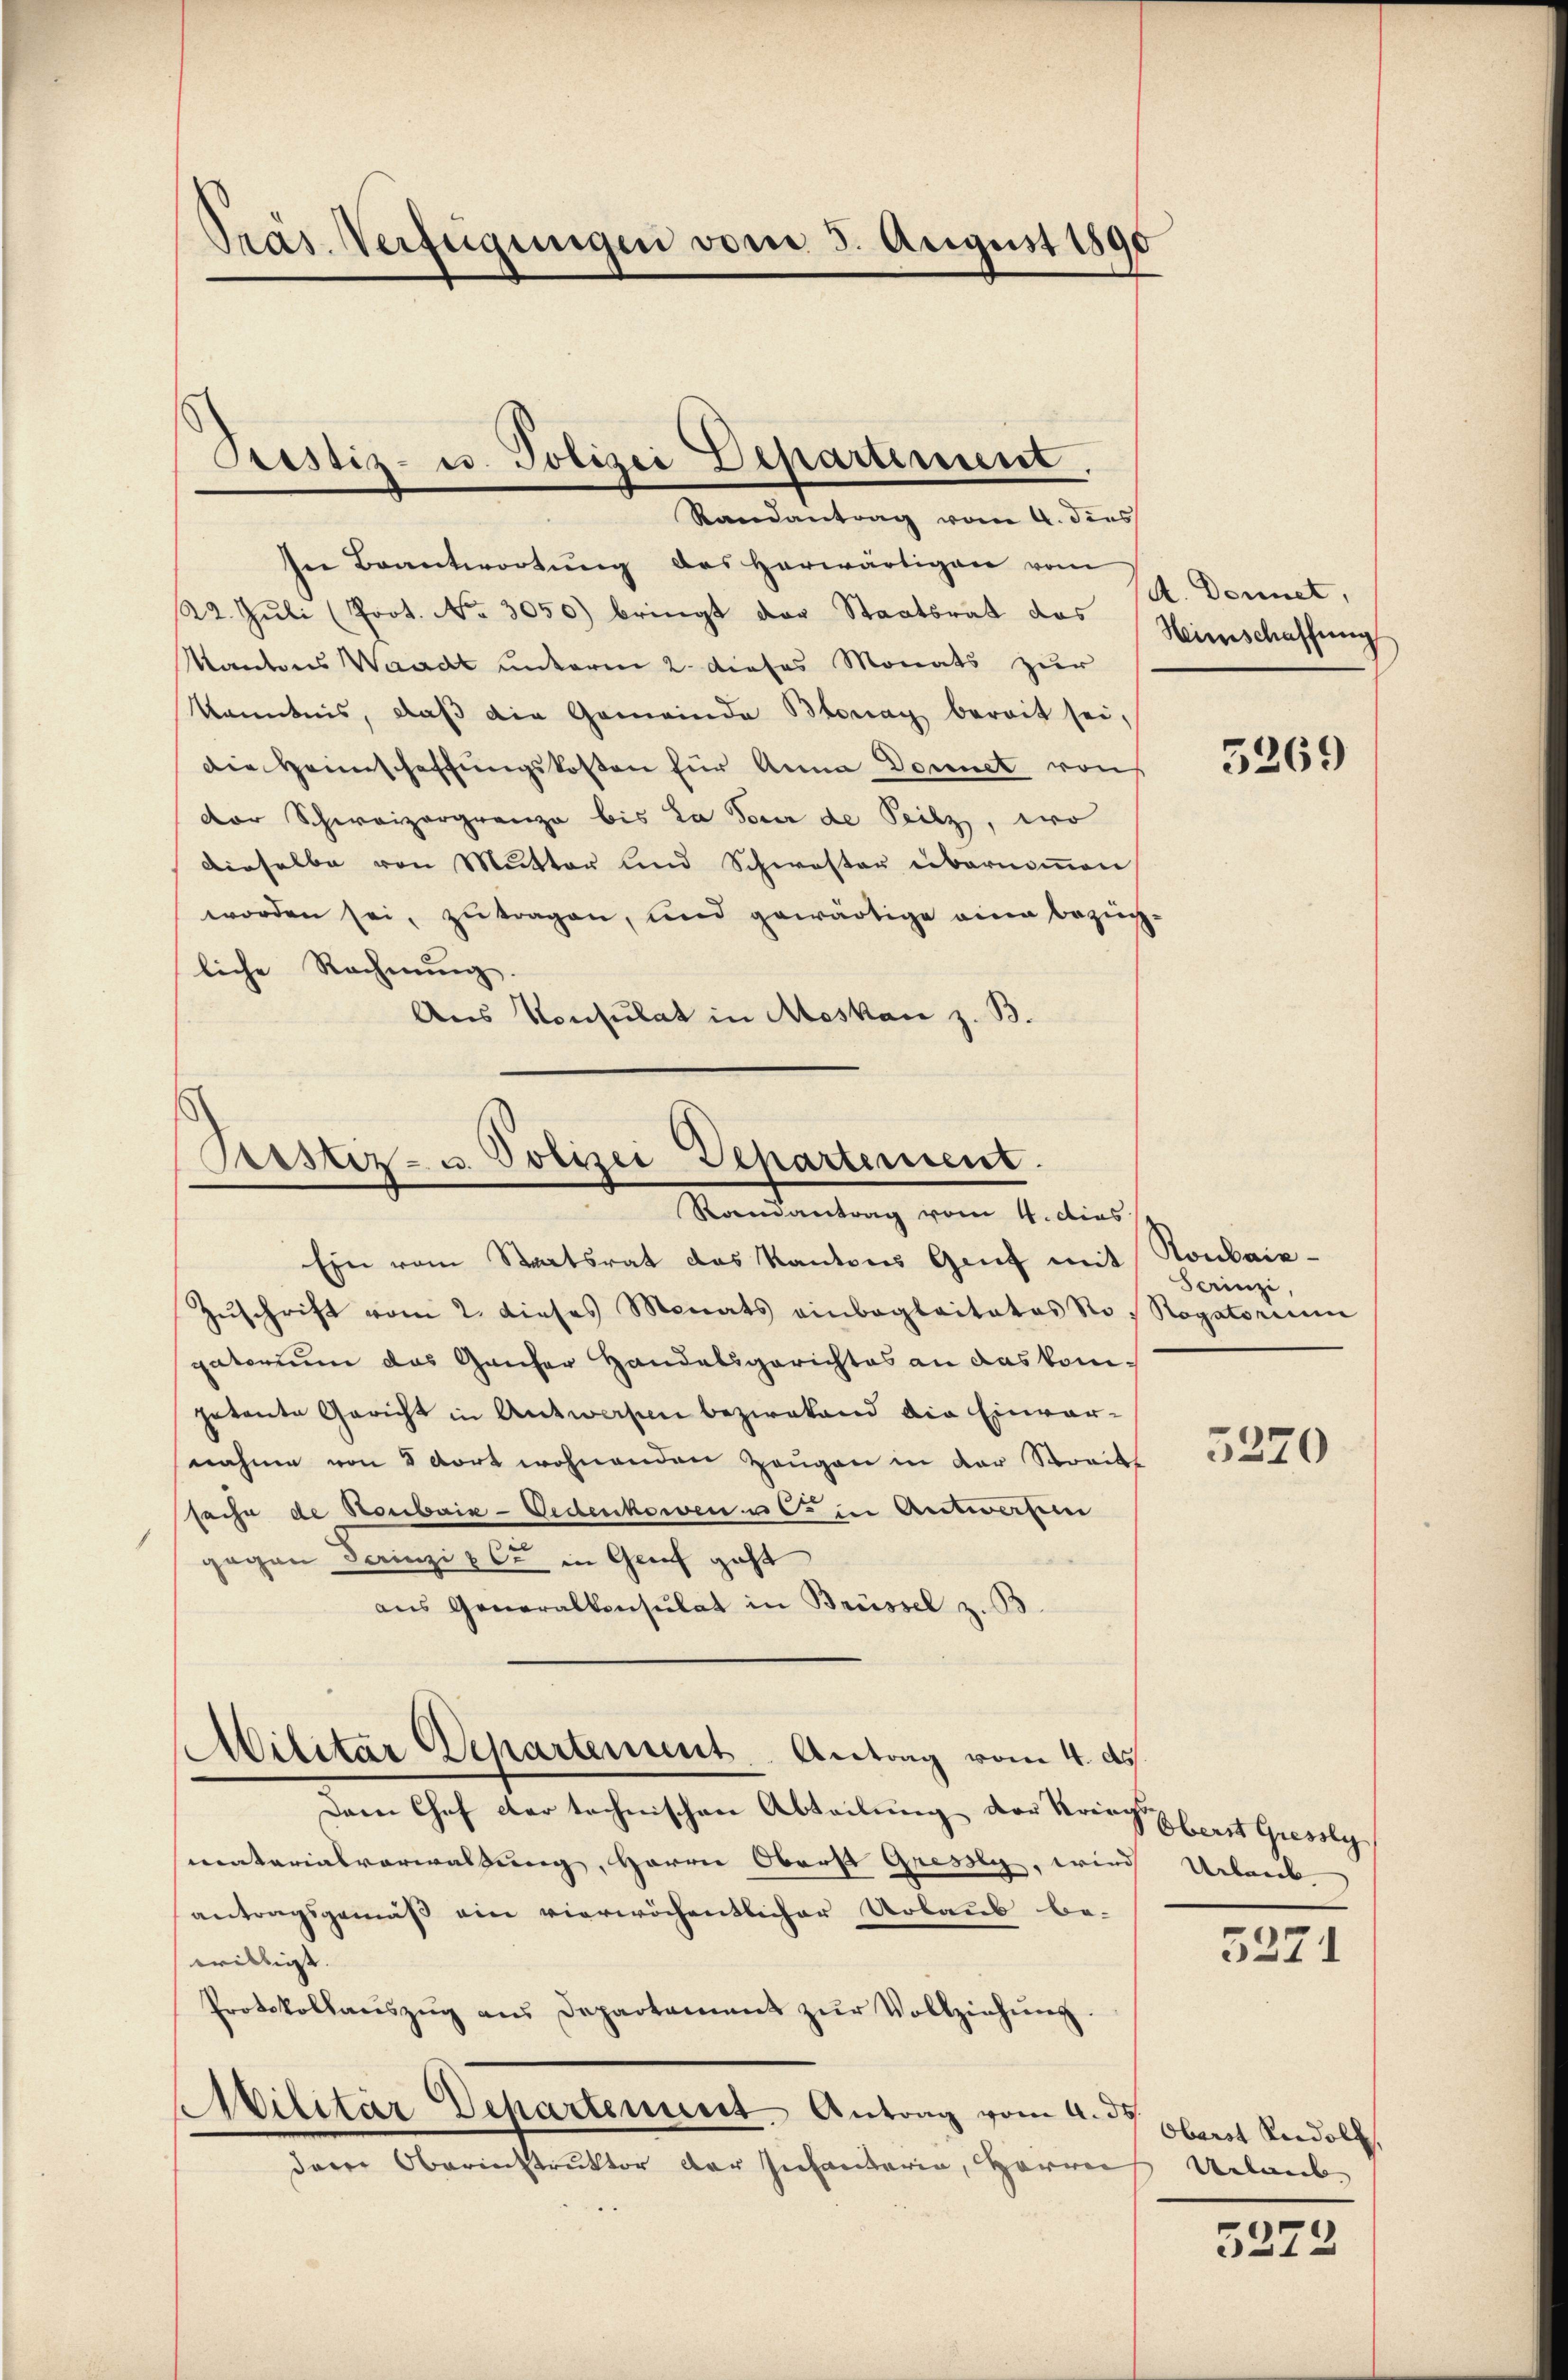
Präs. Verfügungen vom 5. August 1890

Prestiz- u. Polizei Departiment.

Randantrag vom 4. dies
In Beantwortung des herwärtigen vom
22. Juli (Poot. No 3050) bringt der Staatsrat das
Kantons Waadt unterm 2. dieses Monats zur
Kenntnis, daß die Gemeinde Blonay bereit sei,
Die Heimschaffungskosten für Anna Donnet von
dor Schweizergrenze bis la jour de Peilz, wo
dieselbe von Mutter und Schwester übernommen
worden sei, zutragen, und gewärtige einen bezüg-
liche Rechnung.
Aus Konsulat in Meskan z. B.

Trester- u. Polizei Departement.
Romantrag vom 4. dies

Ein vom Staatsrat das Kantons Genf mit Sonbais¬
Zŭschrift vom 2. dieses Monats einbeglaitates No. Rogatorium
gatorium das Ganzer Handelsgerichtes an das kompetante Gericht in Antworfen bezirkend die Einver-
nahme von 8 dort wohnenden Zeugen in der Streit
sache de Roubaix-Oedenkowen u. in Antworfen
gegen Sainzi & Cie in Greif geht
ans Generalkonsulat in Brüssel z. B.
Dem Chef der technischen Abteilung der Kriegst Gisely
materialverwaltung, Herrn Oberst Gresey, wird Arbei
antragsgemäß ein vierwöchentlicher Urbaus be-
willigt.
Protokollaŭszŭg aŭs Departament zŭr Vollziehŭng.
Militär Departement. Antrag vom 4. ds.
daren Oberinstruktor der Infantaria, Herrn

Militar Departenant. Antrag vom 4. ds.

A. Donnet,
Heimschaffung

5269

Sainzi,

5220

5271

Oberst Rudolf
Urlaub

5275